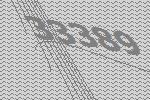
33389